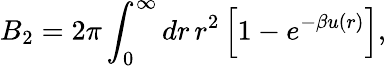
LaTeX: B_{2}=2\pi\int_{0}^{\infty}dr\, r^{2}\left[1-e^{-\beta u(r)}\right],